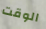
الوقت